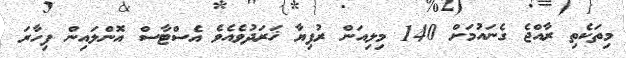
މިތަކެތި ރާއްޖެ ގެނައުމަށް 140 މިލިއަން ރުފިޔާ ޚަރަދުވެއެވެ އެސްޓާސް އޮންލައިން ފިހާރަ